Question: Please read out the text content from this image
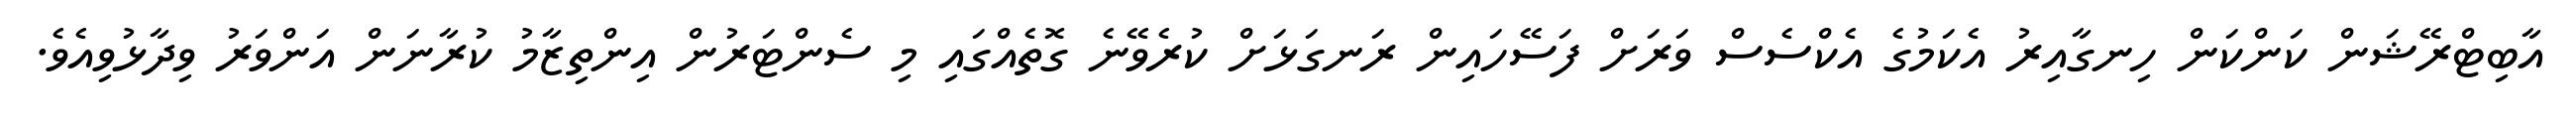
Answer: އާބިޓްރޭޝަން ކަންކަން ހިނގާއިރު އެކަމުގެ އެކްސެސް ވަރަށް ފަސޭހައިން ރަނގަޅަށް ކުރެވޭނެ ގޮތެއްގައި މި ސެންޓަރުން އިންތިޒާމު ކުރާނަން އަންވަރު ވިދާޅުވިއެވެ.